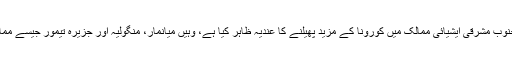
حیران کن بات یہ ہے کہ جہاں عالمی ادارہ صحت نے جنوب مشرقی ایشیائی ممالک میں کورونا کے مزید پھیلنے کا عندیہ ظاہر کیا ہے، وہیں میانمار، منگولیہ اور جزیرہ تیمور جیسے ممالک سے تاحال کورونا کا کوئی کیس سامنے نہیں آ سکا۔